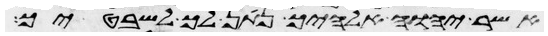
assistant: אשר יהוה אלהיך נתן לך לשבטיך